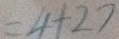
= 4 + 2 7